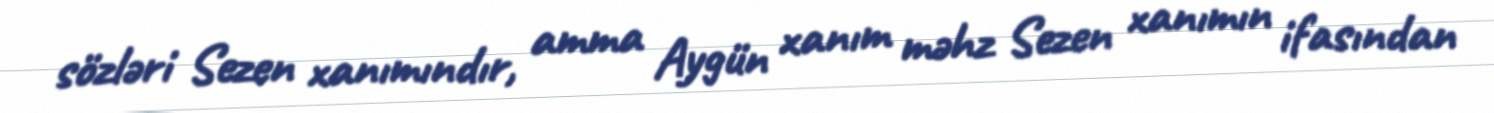
sözləri Sezen xanımındır, amma Aygün xanım məhz Sezen xanımın ifasından